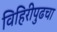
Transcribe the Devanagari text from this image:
विहिरीपुढचा